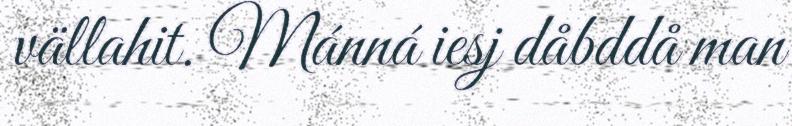
vällahit. Mánná iesj dåbddå man